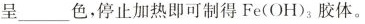
呈___色，停止加热即可制得Fe(OH)_{3}胶体。